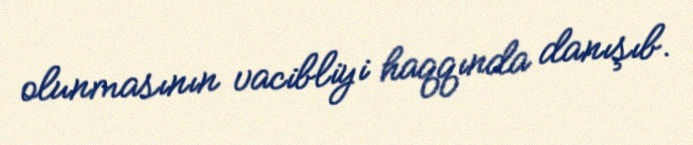
olunmasının vacibliyi haqqında danışıb.